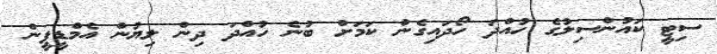
ސިޓީ ކައުންސިލުގެ ހުއްދަ ހޯދައިގެން ކަމަށް ބުނެ ހުއްދަ ދިން ލިޔުން އެމްޑީޕީން